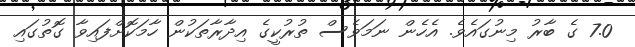
7.0 ގެ ބާރު މިނުގައެވެ. އެހެން ނަމަވެސް ތުރުކީގެ އިދާރާތަކުން ހާމަކޮށްފައިވާ ގޮތުގައި